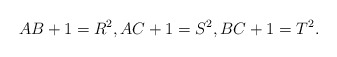
\begin{align*} AB+1=R^2,AC+1=S^2,BC+1=T^2.\end{align*}